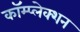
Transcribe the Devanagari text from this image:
कॉम्प्लेक्शन